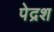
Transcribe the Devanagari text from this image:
पेद्रश